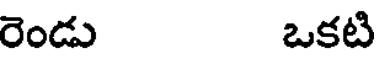
రెండు ఒకటి